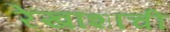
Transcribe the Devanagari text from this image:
रेखांशाची